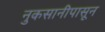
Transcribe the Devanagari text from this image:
नुकसानीपासून